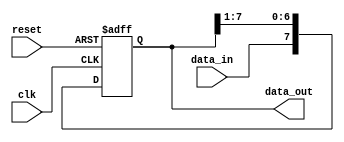
module SIPO_shift_register (
    input wire clk,
    input wire reset,
    input wire data_in,
    output reg [7:0] data_out
);

reg [7:0] shift_reg;

always @(posedge clk or posedge reset) begin
    if (reset) begin
        shift_reg <= 8'b0;
    end else begin
        shift_reg <= {data_in, shift_reg[7:1]};
    end
end

assign data_out = shift_reg;

endmodule